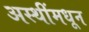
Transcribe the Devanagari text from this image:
अस्थींमधून